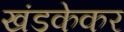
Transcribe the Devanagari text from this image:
खंडकेकर